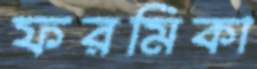
ফরমিকা